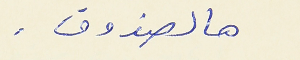
هالصندوق .